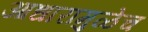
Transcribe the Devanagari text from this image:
आधारामुळेच